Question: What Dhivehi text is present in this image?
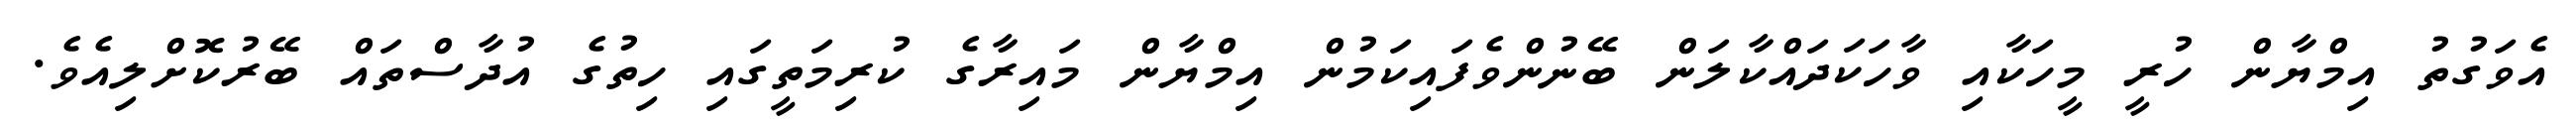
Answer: އެވަގުތު އިމްޔާން ހުރީ މީހަކާއި ވާހަކަދައްކާލަން ބޭނުންވެފައިކަމުން އިމްޔާން މައިރާގެ ކުރިމަތީގައި ހިތުގެ އުދާސްތައް ބޭރުކޮށްލިއެވެ.